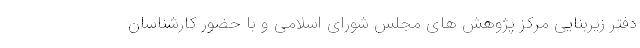
دفتر زیربنایی مرکز پژوهش های مجلس شورای اسلامی و با حضور کارشناسان